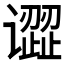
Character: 𰶎